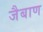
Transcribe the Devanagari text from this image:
जैबाण